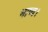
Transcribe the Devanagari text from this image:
भाष्य।